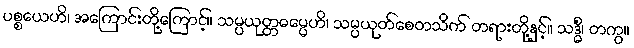
ပစ္စယေဟိ၊ အကြောင်းတို့ကြောင့်။ သမ္ပယုတ္တဓမ္မေဟိ၊ သမ္ပယုတ်စေတသိက် တရားတို့နှင့်။ သဒ္ဓိံ၊ တကွ။